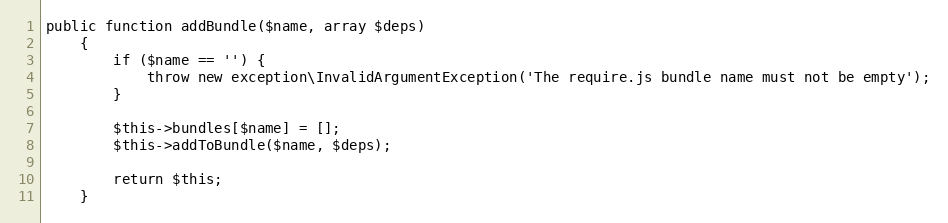
Language: PHP
public function addBundle($name, array $deps)
    {
        if ($name == '') {
            throw new exception\InvalidArgumentException('The require.js bundle name must not be empty');
        }

        $this->bundles[$name] = [];
        $this->addToBundle($name, $deps);

        return $this;
    }